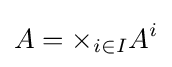
A=\times _{i\in I}A^{i}